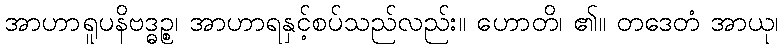
အာဟာရူပနိဗဒ္ဓဉ္စ၊ အာဟာရနှင့်စပ်သည်လည်း။ ဟောတိ၊ ၏။ တဒေတံ အာယု၊